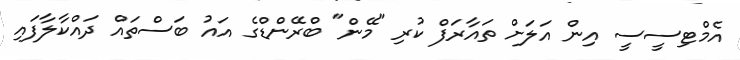
އެމްޓިސީސީ އިން އަލަށް ތައާރަފް ކުރި "މޭން" ބްރޭންޑްގެ އައު ބަސްތައް ދައްކާލާފައި